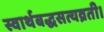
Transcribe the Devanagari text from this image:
स्वार्थबद्धसत्यव्रती।